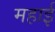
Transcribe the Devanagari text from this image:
महाई